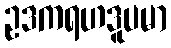
ဥဒကရဟဒူပမာ